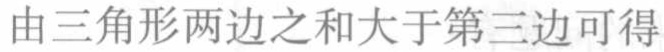
由三角形两边之和大于第三边可得